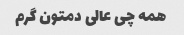
همه چی عالی دمتون گرم